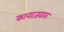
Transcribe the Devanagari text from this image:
कानाजवळ